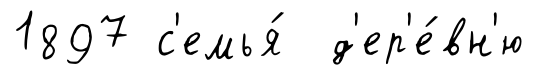
1897 с'емья́ д'ер'е́вн'ю